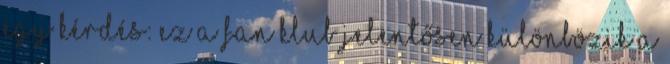
egy kérdés: ez a fan klub jelentősen különbözik a